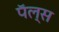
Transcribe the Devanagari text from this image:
पॅल्स